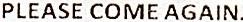
PLEASE COME AGAIN.